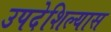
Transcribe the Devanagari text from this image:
उपदेशिल्यास